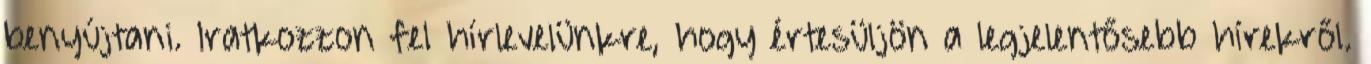
benyújtani. Iratkozzon fel hírlevelünkre, hogy értesüljön a legjelentősebb hírekről.